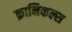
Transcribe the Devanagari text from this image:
क्रानिकल्स